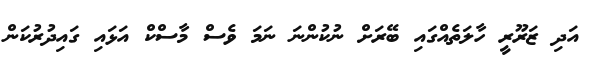
އަދި ޒަރޫރީ ހާލަތެއްގައި ބޭރަށް ނުކުންނަ ނަމަ ވެސް މާސްކް އަޅައި ގައިދުރުކަން